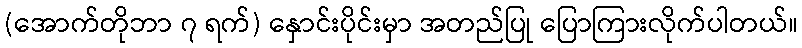
(အောက်တိုဘာ ၇ ရက်) နှောင်းပိုင်းမှာ အတည်ပြု ပြောကြားလိုက်ပါတယ်။